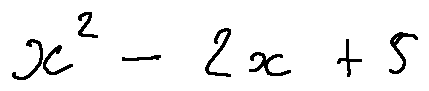
x ^ { 2 } - 2 x + 5